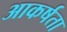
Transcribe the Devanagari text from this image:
आकर्षता